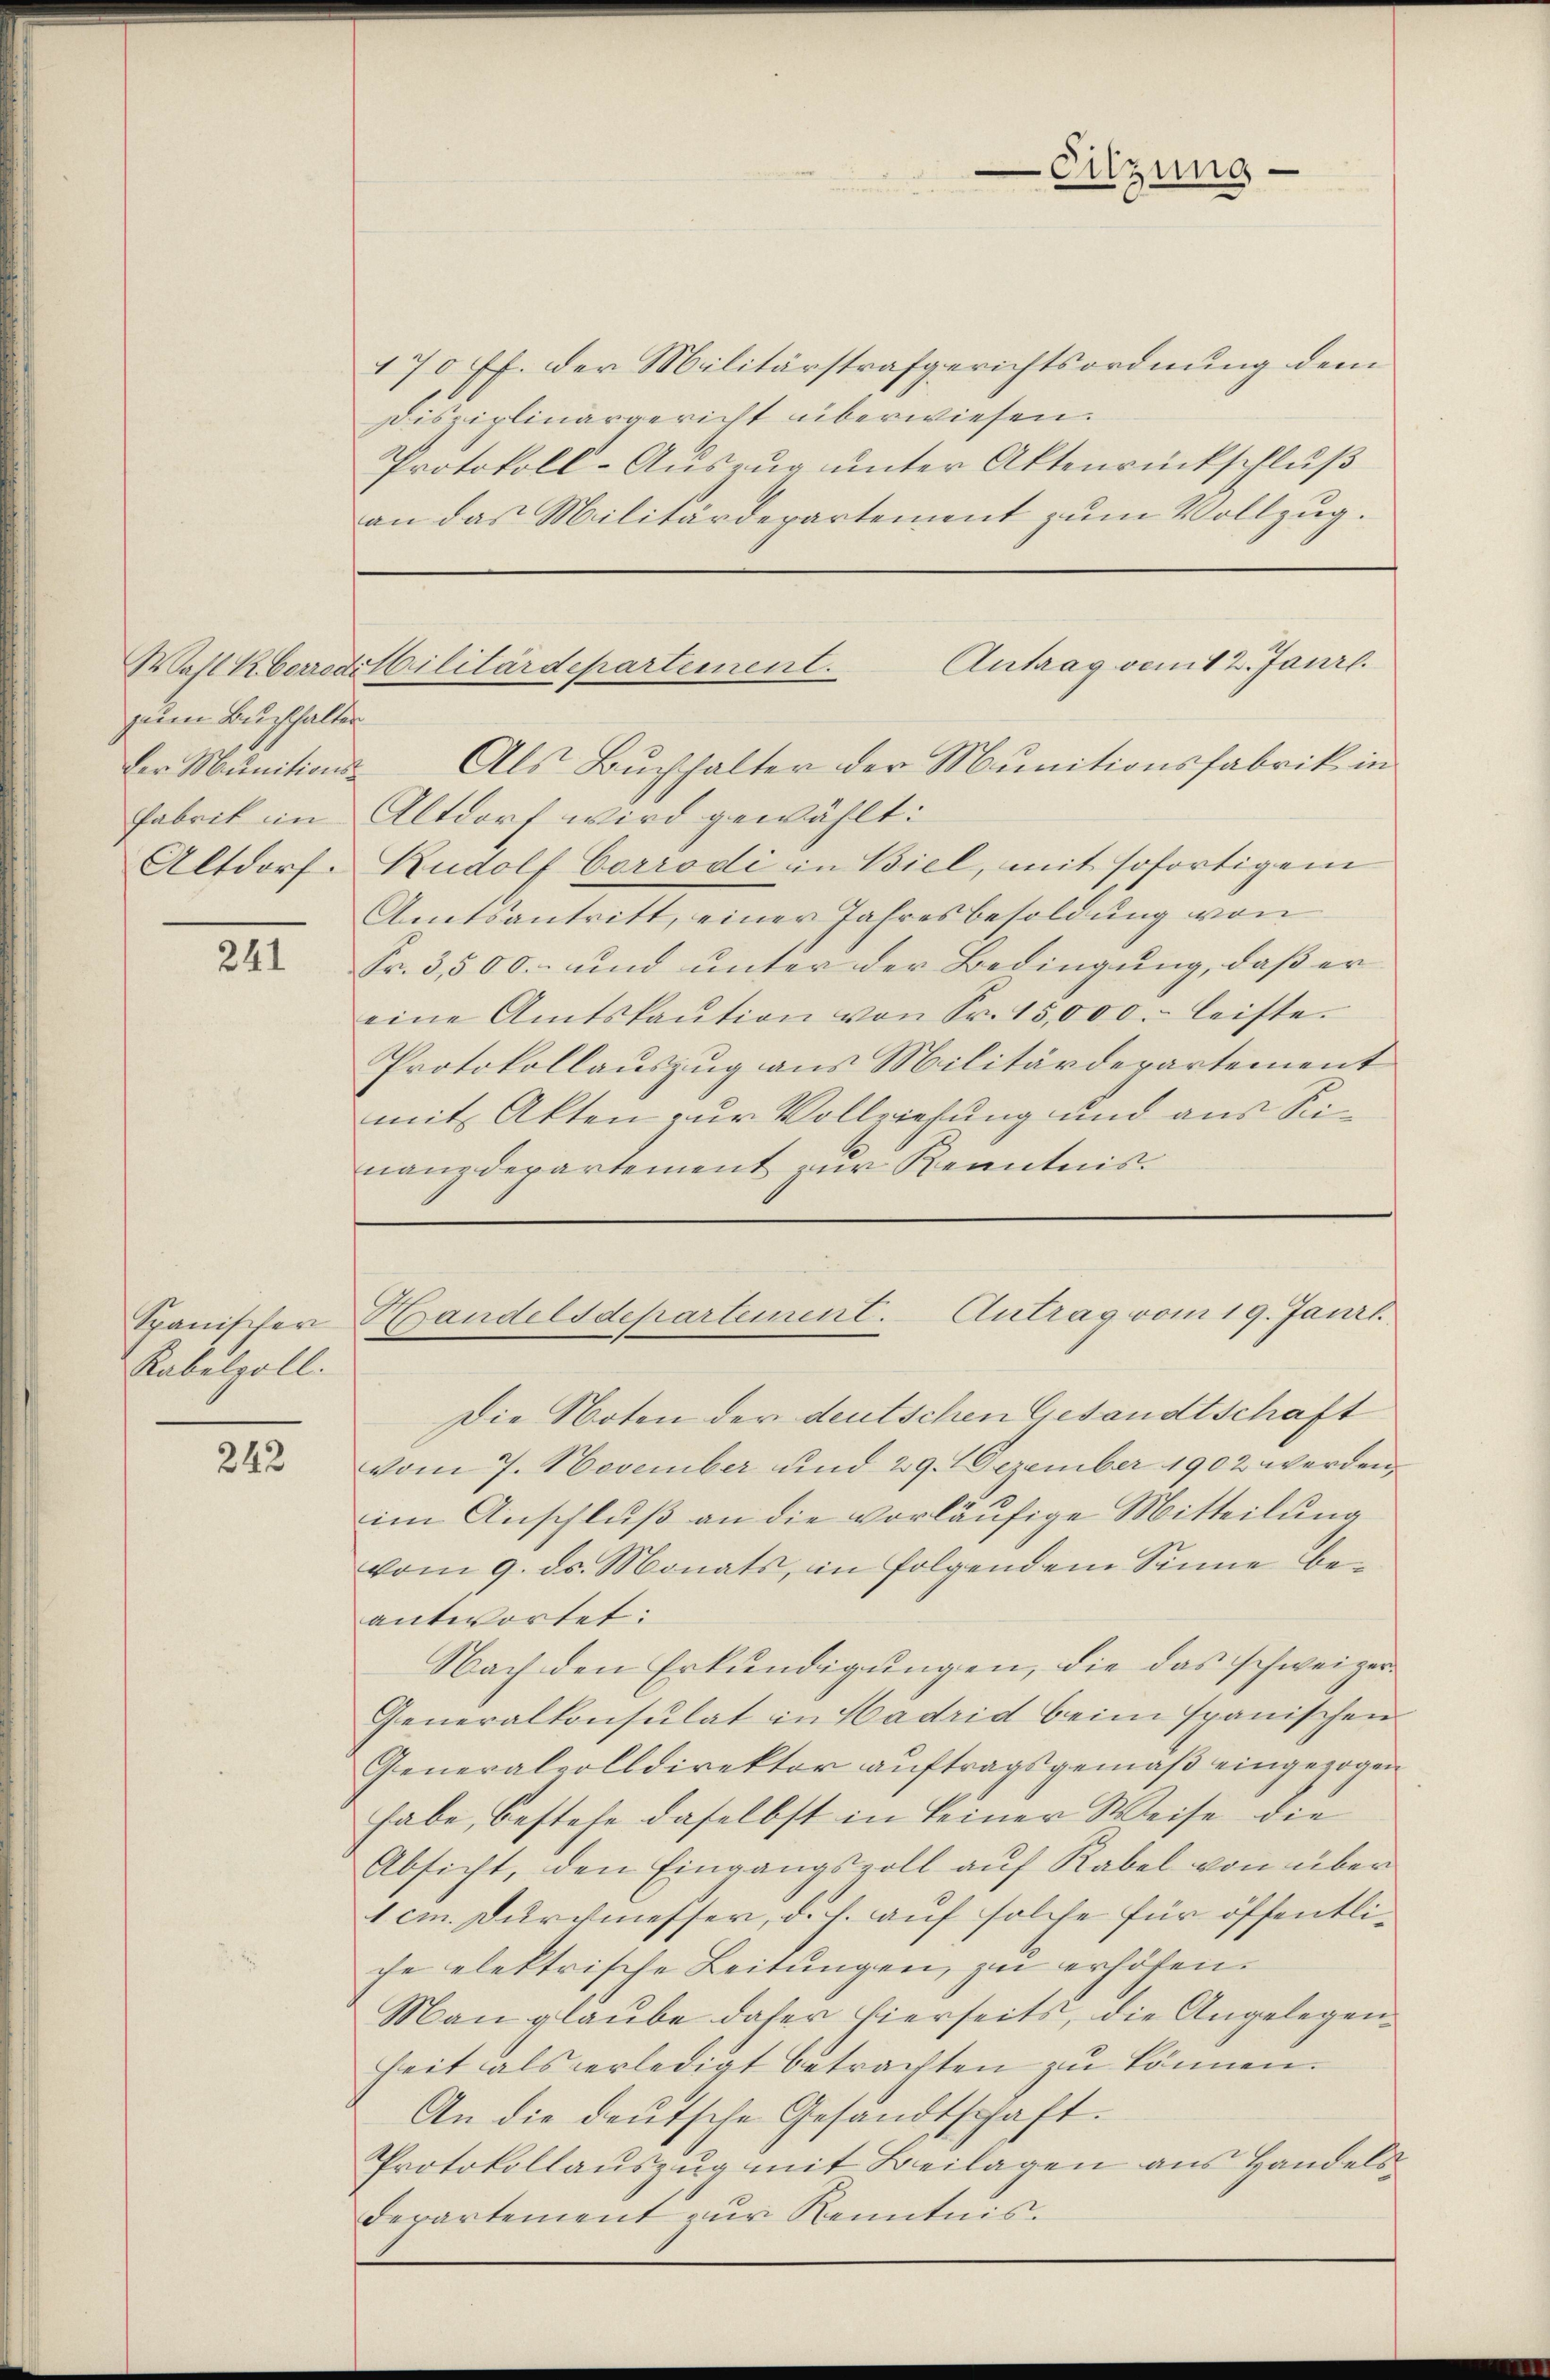
zum Buchhalten
Der Munitions¬
Altdorf.

241

Rabelzoll.

243

Die Noten der deutschen Gesandtschaft
vom 7. November und 29. 1 Dezember 1902 werden,
im Anschluß an die vorläufige Mitteilung
vom 9. ds. Monats, in folgendem Sinne beantwortet:
Nach den Erkundigungen, die das schweizer
Generalkonsulat in Hadrid beim spanischen
Generalvolldirektor aŭftragsgemäβ eingezogen
habe, bestehe daselbst in keiner Weise die
Absicht, den Eingangsvoll auf Rabel von über
1 cm Durchmesser, d. h. auf solche für öffentliche elektrische Leitungen, zu erhöhen.
Man glaube daher hierseits, die Angelegen¬
Zeit als verledigt betrachten zu können.
An die deutsche Gesandtschaft.
Protokollauszug mit Beilagen aus Handels¬
Departement zur Kenntnis.

Wahl Korredibilitärdepartement.

Eitzung

170 ff. der Militärstrafgerichtsordnung dem
Disziplinargericht überwiesen.
Protokoll-Auszug unter Aktenrückschluß
an das Militärdepartement zum Vollzug.
Antrag vom 2. Janrl.
Als Buchhalter der Munitionsfabrik in
Fabrik in Altdorf wird gewählt:
Rudolf Corrodi in Biel, mit sofortigem
Amtsantritt, einer Jahresbesoldung von
Fr. 3,500.- und unter der Bedingung, daß er
eine Amtskaŭtion von Fr. 15,000. leiste.
Protokollauszug aus Militärdepartement
mit Akten zur Vollziehung und aus Sinanzdepartement zur Kenntnis.

Spanischer Handelsdepartement. Antrag vom 19. Janzl